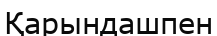
Қарындашпен